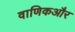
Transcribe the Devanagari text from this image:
वाणिकऔर